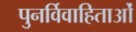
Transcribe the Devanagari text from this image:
पुनर्विवाहिताओं